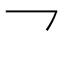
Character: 乛